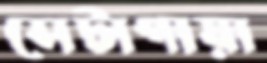
সেটাগায়া